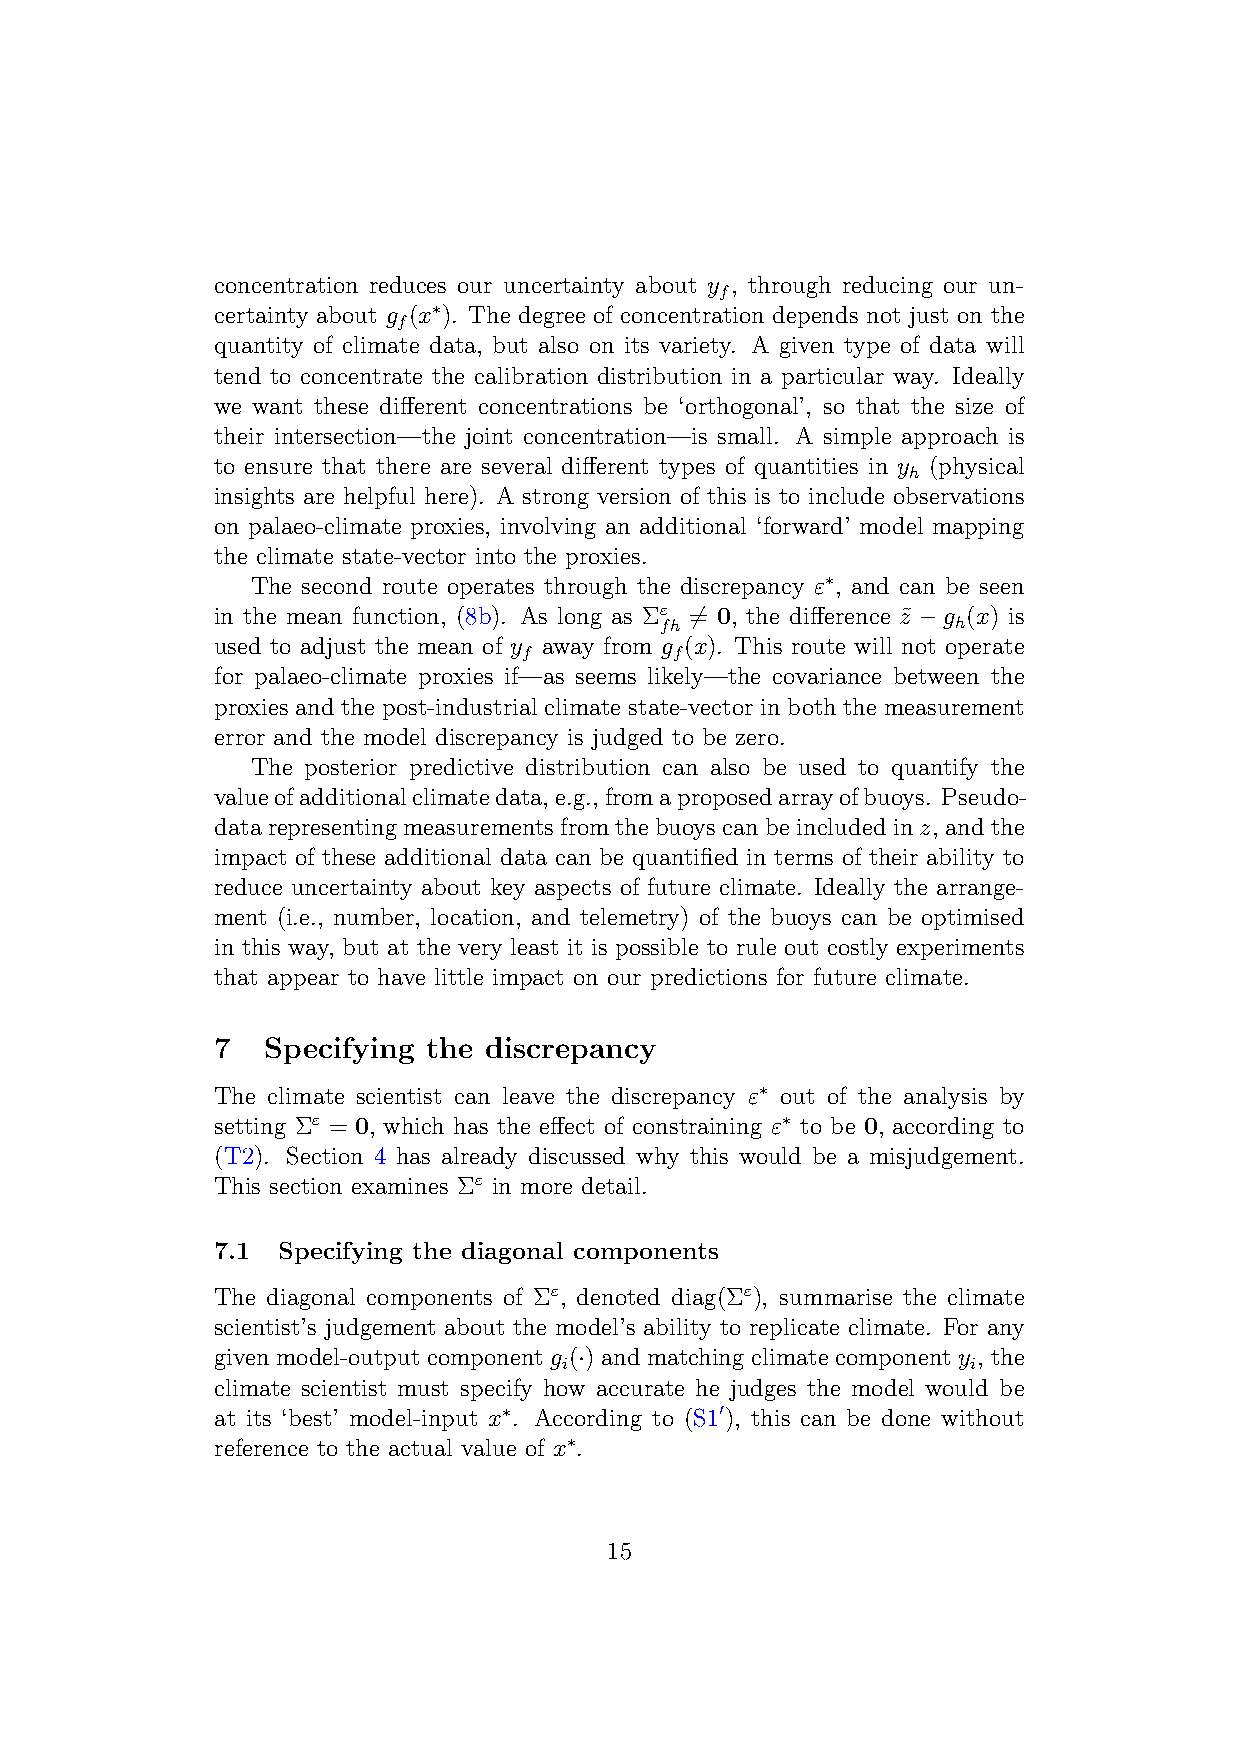
concentration reduces our uncertainty about y , through reducing our un-
 f
 certainty about g (x∗). The degree of concentration depends not just on the
 f
 quantity of climate data, but also on its variety. A given type of data will
 tend to concentrate the calibration distribution in a particular way. Ideally
 we want these different concentrations be ‘orthogonal’, so that the size of
 their intersection—the joint concentration—is small. A simple approach is
 to ensure that there are several different types of quantities in y (physical
 h
 insights are helpful here). A strong version of this is to include observations
 on palaeo-climate proxies, involving an additional ‘forward’ model mapping
 the climate state-vector into the proxies.
 The second route operates through the discrepancy ε∗, and can be seen
 in the mean function, (8b). As long as Σε 6= 0, the difference z˜−g (x) is
 fh                 h
 used to adjust the mean of y away from g (x). This route will not operate
 f         f
 for palaeo-climate proxies if—as seems likely—the covariance between the
 proxies and the post-industrial climate state-vector in both the measurement
 error and the model discrepancy is judged to be zero.
 The posterior predictive distribution can also be used to quantify the
 valueofadditionalclimatedata,e.g.,fromaproposedarrayofbuoys. Pseudo-
 datarepresentingmeasurementsfromthebuoyscanbeincludedinz, andthe
 impact of these additional data can be quantified in terms of their ability to
 reduce uncertainty about key aspects of future climate. Ideally the arrange-
 ment (i.e., number, location, and telemetry) of the buoys can be optimised
 in this way, but at the very least it is possible to rule out costly experiments
 that appear to have little impact on our predictions for future climate.
 7   Specifying the discrepancy
 The climate scientist can leave the discrepancy ε∗ out of the analysis by
 setting Σε = 0, which has the effect of constraining ε∗ to be 0, according to
 (T2). Section 4 has already discussed why this would be a misjudgement.
 This section examines Σε in more detail.
 7.1 Specifying the diagonal components
 The diagonal components of Σε, denoted diag(Σε), summarise the climate
 scientist’s judgement about the model’s ability to replicate climate. For any
 given model-output component g (·) and matching climate component y , the
 i                          i
 climate scientist must specify how accurate he judges the model would be
 at its ‘best’ model-input x∗. According to (S10), this can be done without
 reference to the actual value of x∗.
 15